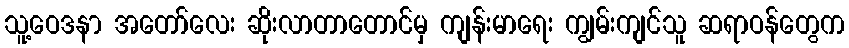
သူ့ဝေဒနာ အတော်လေး ဆိုးလာတာတောင်မှ ကျန်းမာရေး ကျွမ်းကျင်သူ ဆရာဝန်တွေက